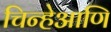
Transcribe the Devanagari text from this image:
चिन्हेआणि